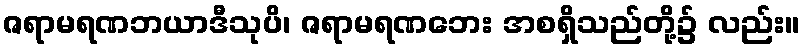
ဇရာမရဏဘယာဒီသုပိ၊ ဇရာမရဏဘေး အစရှိသည်တို့၌ လည်း။